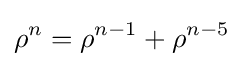
\rho ^{n}=\rho ^{n-1}+\rho ^{n-5}